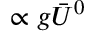
\propto g \bar { U } ^ { 0 }